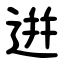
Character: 逬